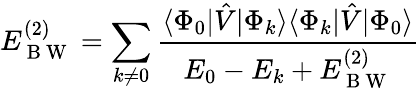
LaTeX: E_{\mathrm{~B~W~}}^{(2)}=\sum_{k\neq 0}\frac{\langle\Phi_{0}|\hat{V}|\Phi_{k}\rangle\langle\Phi_{k}|\hat{V}|\Phi_{0}\rangle}{E_{0}-E_{k}+E_{\mathrm{~B~W~}}^{(2)}}